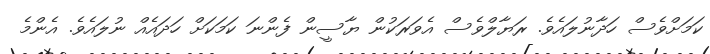
ކަމަށްވެސް ހަދާނުލައެވެ. ރަޔާލްވެސް އެވަރަކުން ޔާސީން ފެންނަ ކަމަކަށް ހަދައެއް ނުލައެވެ. އެންމެ